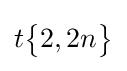
t{\begin{Bmatrix}2,2n\end{Bmatrix}}